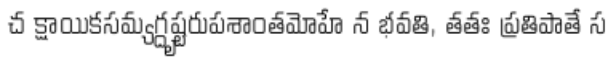
చ క్షాయికసమ్యగ్దృష్టరుపశాంతమోహే న భవతి, తతః ప్రతిపాతే స